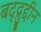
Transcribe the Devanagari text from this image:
बद्द्रुद्दीन